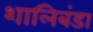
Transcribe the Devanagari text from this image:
शालिबंडा